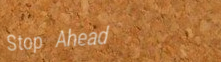
Stop Ahead